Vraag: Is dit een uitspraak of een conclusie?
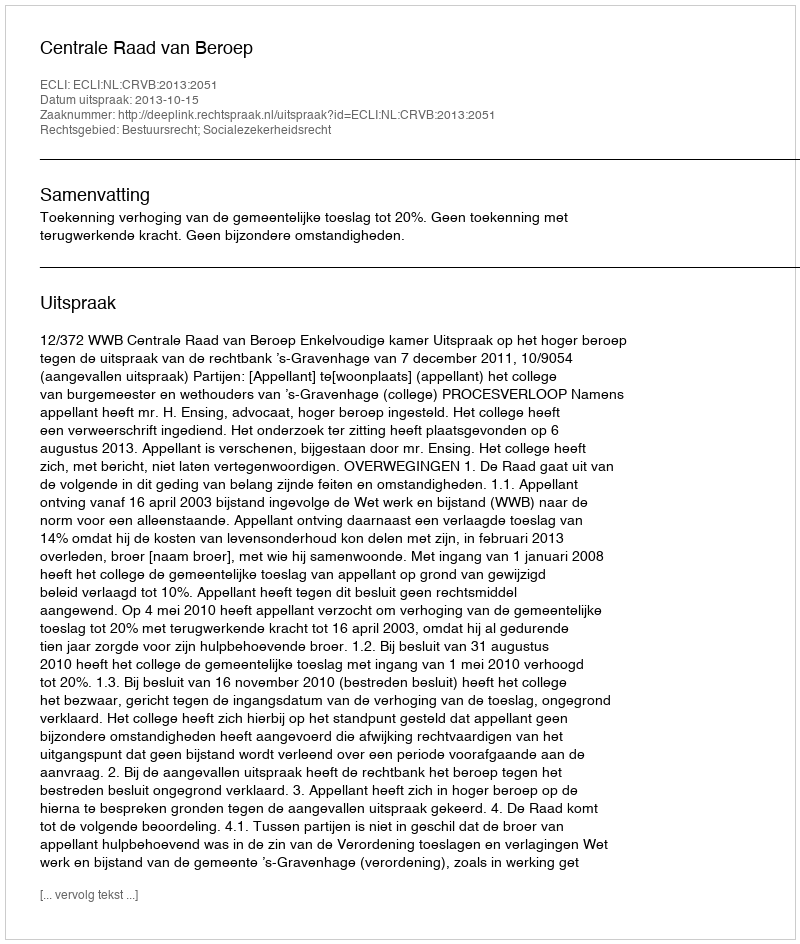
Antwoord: Uitspraak